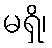
မရှိ၊